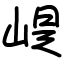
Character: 崼